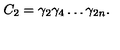
C _ { 2 } = \gamma _ { 2 } \gamma _ { 4 } \ldots \gamma _ { 2 n } .